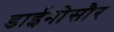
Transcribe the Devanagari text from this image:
डाईनोसौर